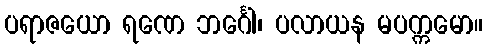
ပရာဇယော ရဏေ ဘင်္ဂေါ၊ ပလာယန မပက္ကမော။